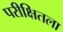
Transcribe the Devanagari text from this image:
परीक्षितला